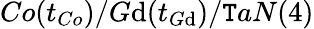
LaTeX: Co(t_{Co})/G\mathrm{d}(t_{G\mathrm{d}})/\mathtt{T}aN(4)